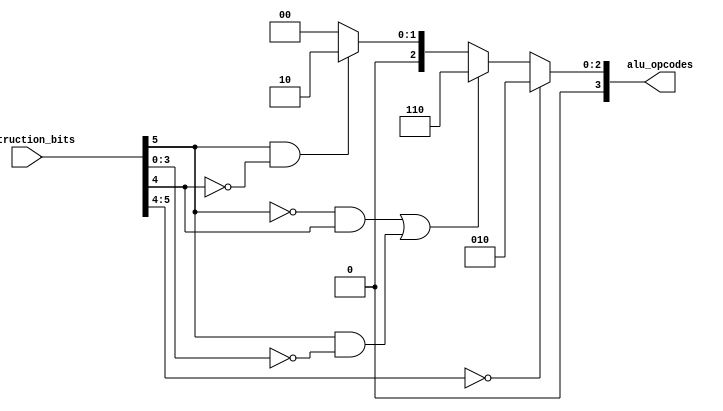
module alu_control(
  input [5:0] instruction_bits,
  output reg [3:0] alu_opcodes
);

  always @(*)
  begin
    if (instruction_bits[5:4] == 2'b00)
      alu_opcodes = 4'b0010; // add
    else if ((instruction_bits[5] == 1'b0 && instruction_bits[4] == 1'b1) || (instruction_bits[5] == 1'b1 && instruction_bits[3:0] == 4'b0000))
      alu_opcodes = 4'b0110; // subtract
    else if (instruction_bits[5] == 1'b1 && instruction_bits[4] == 1'b0)
      alu_opcodes = 4'b0010; // add
    else if (instruction_bits[5] == 1'b1 && instruction_bits[4] == 1'b0)
      alu_opcodes = 4'b0110; // subtract
    else if (instruction_bits == 6'b101110 || instruction_bits == 6'b101100)
      alu_opcodes = 4'b0000; // AND
    else if (instruction_bits == 6'b101110 || instruction_bits == 6'b101100)
      alu_opcodes = 4'b0001; // OR
    else
      alu_opcodes = 4'b0000; // Default value
  end
endmodule